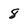
Character: 8